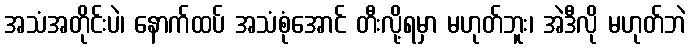
အသံအတိုင်းပဲ၊ နောက်ထပ် အသံစုံအောင် တီးလို့ရမှာ မဟုတ်ဘူး၊ အဲဒီလို မဟုတ်ဘဲ